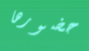
حضورها